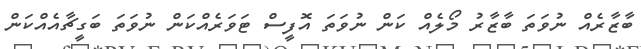
ބާޒާރެއް ނުވަތަ ބާޒާރު މޯލެއް ކަން ނުވަތަ އޮފީސް ޓަވަރެއްކަން ނުވަތަ ބަގީޗާއެއްކަން